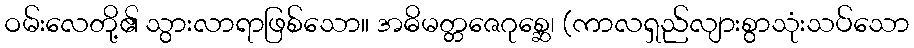
ဝမ်းလေတို့၏ သွားလာရာဖြစ်သော။ အဓိမတ္တဇေဂုစ္ဆေ၊ (ကာလရှည်လျားစွာသုံးသပ်သော